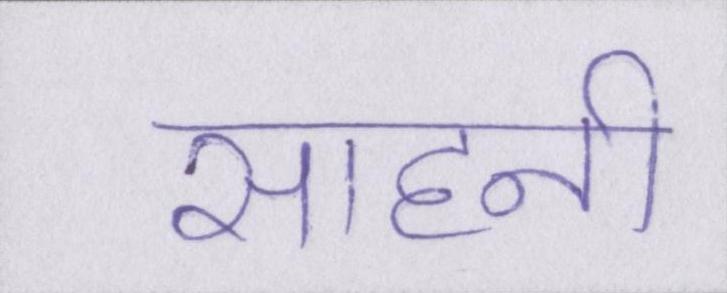
साहनी